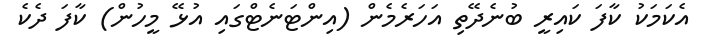
އެކަމަކު ކާފަ ކައިރީ ބުނެދޭތި އަހަރެމެން (އިންޓަނެޓްގައި އުޅޭ މީހުން) ކާފަ ދެކެ